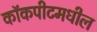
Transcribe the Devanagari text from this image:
कॉकपीटमधील